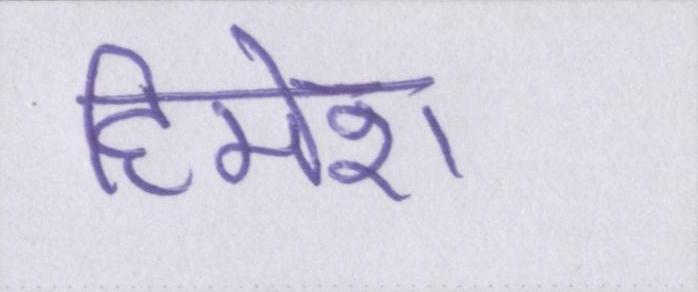
हिमेश